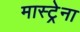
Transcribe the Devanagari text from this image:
मास्ट्रेना